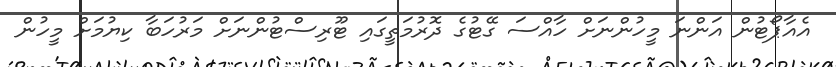
އެއާޕޯޓުން އަންނަ މީހުންނަށް ހާއްސަ ގޭޓުގެ ދޮރުމަތީގައި ޓޫރިސްޓުންނަށް މަރުހަބާ ކިޔުމަށް މީހުން